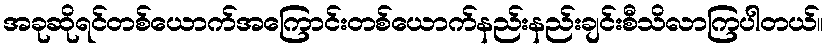
အခုဆိုရင်တစ်ယောက်အကြောင်းတစ်ယောက်နည်းနည်းချင်းစီသိလာကြပါတယ်။